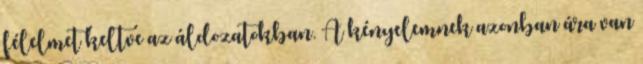
félelmet keltve az áldozatokban. A kényelemnek azonban ára van